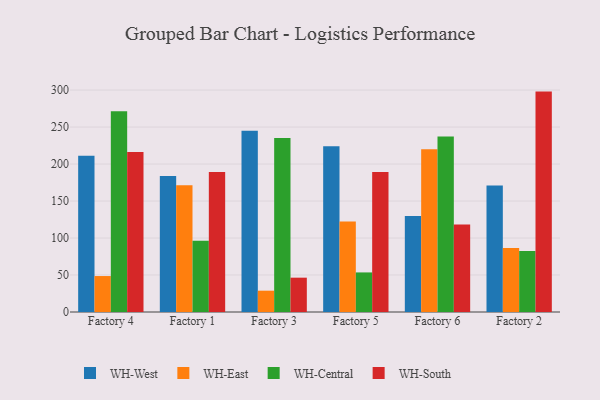
{"axis": {"x": "Factory", "y": "Customer Acquisition Cost (USD)"}, "legend": ["WH-Central", "WH-East", "WH-South", "WH-West"], "data": [{"x": "Factory 4", "y": 211.2, "type": "WH-West"}, {"x": "Factory 4", "y": 48.6, "type": "WH-East"}, {"x": "Factory 4", "y": 271.4, "type": "WH-Central"}, {"x": "Factory 4", "y": 216.3, "type": "WH-South"}, {"x": "Factory 1", "y": 183.8, "type": "WH-West"}, {"x": "Factory 1", "y": 171.4, "type": "WH-East"}, {"x": "Factory 1", "y": 96.4, "type": "WH-Central"}, {"x": "Factory 1", "y": 189.2, "type": "WH-South"}, {"x": "Factory 3", "y": 245.0, "type": "WH-West"}, {"x": "Factory 3", "y": 28.8, "type": "WH-East"}, {"x": "Factory 3", "y": 235.1, "type": "WH-Central"}, {"x": "Factory 3", "y": 46.4, "type": "WH-South"}, {"x": "Factory 5", "y": 224.2, "type": "WH-West"}, {"x": "Factory 5", "y": 122.2, "type": "WH-East"}, {"x": "Factory 5", "y": 53.5, "type": "WH-Central"}, {"x": "Factory 5", "y": 189.1, "type": "WH-South"}, {"x": "Factory 6", "y": 129.6, "type": "WH-West"}, {"x": "Factory 6", "y": 219.9, "type": "WH-East"}, {"x": "Factory 6", "y": 237.3, "type": "WH-Central"}, {"x": "Factory 6", "y": 118.2, "type": "WH-South"}, {"x": "Factory 2", "y": 170.9, "type": "WH-West"}, {"x": "Factory 2", "y": 86.6, "type": "WH-East"}, {"x": "Factory 2", "y": 82.6, "type": "WH-Central"}, {"x": "Factory 2", "y": 297.9, "type": "WH-South"}]}